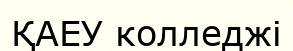
ҚАЕУ колледжі